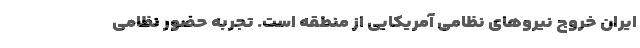
ایران خروج نیروهای نظامی آمریکایی از منطقه است. تجربه حضور نظامی